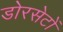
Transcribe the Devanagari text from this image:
डोरसेटों